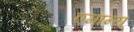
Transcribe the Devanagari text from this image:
एमान्य